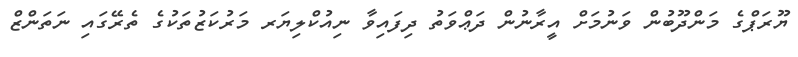
ޔޫރަޕްގެ މަންދޫބުން ވަނުމަށް އީރާނުން ދަޢްވަތު ދިފައިވާ ނިއުކްލިޔަރ މަރުކަޒުތަކުގެ ތެރޭގައި ނަތަންޒް